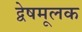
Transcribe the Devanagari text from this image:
द्वेषमूलक